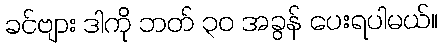
ခင်ဗျား ဒါကို ဘတ် ၃၀ အခွန် ပေးရပါမယ်။